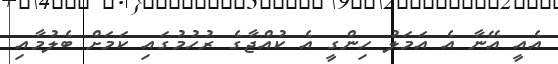
އެއީ އޭނާ އެ އަމަލު ހިންގީ އެ ކުއްޖާގެ ރުހުމުގައި ކަމަށް ބެލުމާއި